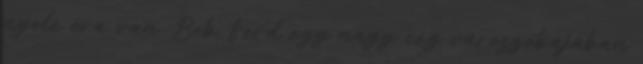
nyolc óra van. Bob Ford egy nagy cég várószobájában